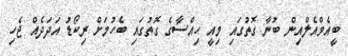
ބީއެމްއެލްއިން ބުނާ ގޮތުގައި މިއީ ހިއްސާގެ ގޮތުގައި ބެހުމަށް ރިކޯޑު އަދަދެއް ޖެހި